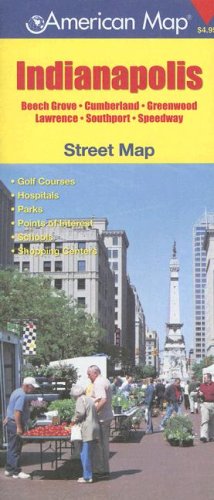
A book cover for American Map Indianapolis Street Map; American Map Corporation; Travel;